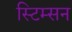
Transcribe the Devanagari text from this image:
स्टिम्सन